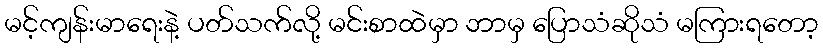
မင့်ကျန်းမာရေးနဲ့ ပတ်သက်လို့ မင်းစာထဲမှာ ဘာမှ ပြောသံဆိုသံ မကြားရတော့